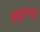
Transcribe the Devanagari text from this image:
वृहद्रथपुर